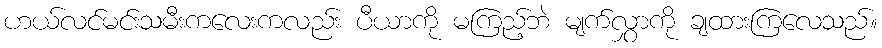
ဟယ်လင်မင်းသမီးကလေးကလည်း ပီယာကို မကြည့်ဘဲ မျက်လွှာကို ချထားကြလေသည်။